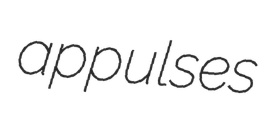
appulses